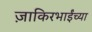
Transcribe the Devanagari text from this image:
ज़ाकिरभाईंच्या